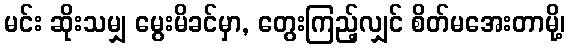
မင်း ဆိုးသမျှ မွေးမိခင်မှာ, တွေးကြည့်လျှင် စိတ်မအေးတာမို့၊